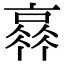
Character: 𠆂